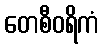
တေစီဝရိကံ